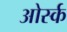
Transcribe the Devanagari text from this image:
ओर्स्क